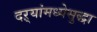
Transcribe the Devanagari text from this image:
दऱ्यांमध्येसुद्धा